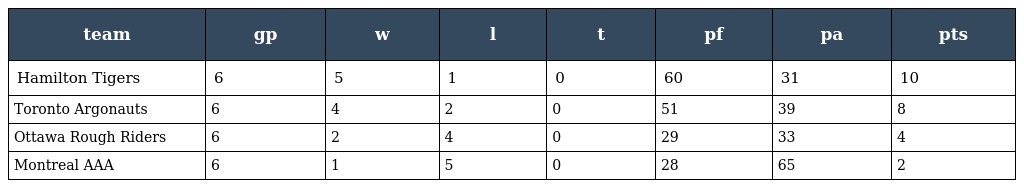
| team | gp | w | l | t | pf | pa | pts |
 | --- | --- | --- | --- | --- | --- | --- | --- |
 | Hamilton Tigers | 6 | 5 | 1 | 0 | 60 | 31 | 10 |
 | Toronto Argonauts | 6 | 4 | 2 | 0 | 51 | 39 | 8 |
 | Ottawa Rough Riders | 6 | 2 | 4 | 0 | 29 | 33 | 4 |
 | Montreal AAA | 6 | 1 | 5 | 0 | 28 | 65 | 2 |